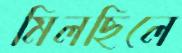
মিলছিলে